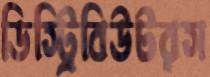
ডিস্ট্রিবিউটরস